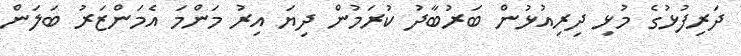
ދަރިފުޅުގެ މުޅި ދިރިއުޅުން ބަރުބާދު ކުރަމުން ދިޔަ އިރު މަންމަ އެމަންޒަރު ބަލަން